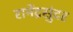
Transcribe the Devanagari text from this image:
रामेंद्रसुंदर